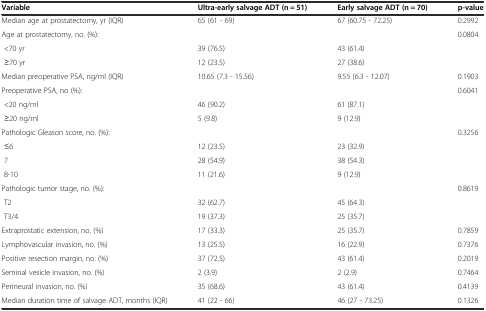
<table><thead><tr><td><b>Variable</b></td><td><b>Ultra-early salvage ADT(n = 51)</b></td><td><b>Early salvage ADT(n = 70)</b></td><td><b>p-value</b></td></tr></thead><tbody><tr><td>Median age at prostatectomy, yr (IQR)</td><td>65 (61 - 69)</td><td>67 (60.75 - 72.25)</td><td>0.2992</td></tr><tr><td>Age at prostatectomy, no. (%):</td><td></td><td></td><td>0.0804</td></tr><tr><td> &lt;70 yr</td><td>39 (76.5)</td><td>43 (61.4)</td><td></td></tr><tr><td> ≥70 yr</td><td>12 (23.5)</td><td>27 (38.6)</td><td></td></tr><tr><td>Median preoperative PSA, ng/ml (IQR)</td><td>10.65 (7.3 - 15.56)</td><td>9.55 (6.3 - 12.07)</td><td>0.1903</td></tr><tr><td>Preoperative PSA, no (%):</td><td></td><td></td><td>0.6041</td></tr><tr><td> &lt;20 ng/ml</td><td>46 (90.2)</td><td>61 (87.1)</td><td></td></tr><tr><td> ≥20 ng/ml</td><td>5 (9.8)</td><td>9 (12.9)</td><td></td></tr><tr><td>Pathologic Gleason score, no. (%):</td><td></td><td></td><td>0.3256</td></tr><tr><td> ≤6</td><td>12 (23.5)</td><td>23 (32.9)</td><td></td></tr><tr><td> 7</td><td>28 (54.9)</td><td>38 (54.3)</td><td></td></tr><tr><td> 8-10</td><td>11 (21.6)</td><td>9 (12.9)</td><td></td></tr><tr><td>Pathologic tumor stage, no. (%):</td><td></td><td></td><td>0.8619</td></tr><tr><td> T2</td><td>32 (62.7)</td><td>45 (64.3)</td><td></td></tr><tr><td> T3/4</td><td>19 (37.3)</td><td>25 (35.7)</td><td></td></tr><tr><td>Extraprostatic extension, no. (%)</td><td>17 (33.3)</td><td>25 (35.7)</td><td>0.7859</td></tr><tr><td>Lymphovascular invasion, no. (%)</td><td>13 (25.5)</td><td>16 (22.9)</td><td>0.7376</td></tr><tr><td>Positive resection margin, no. (%)</td><td>37 (72.5)</td><td>43 (61.4)</td><td>0.2019</td></tr><tr><td>Seminal vesicle invasion, no. (%)</td><td>2 (3.9)</td><td>2 (2.9)</td><td>0.7464</td></tr><tr><td>Perineural invasion, no. (%)</td><td>35 (68.6)</td><td>43 (61.4)</td><td>0.4139</td></tr><tr><td>Median duration time of salvage ADT, months (IQR)</td><td>41 (22 - 66)</td><td>46 (27 - 73.25)</td><td>0.1326</td></tr></tbody></table>